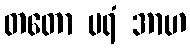
တတော ပရံ အာဟ